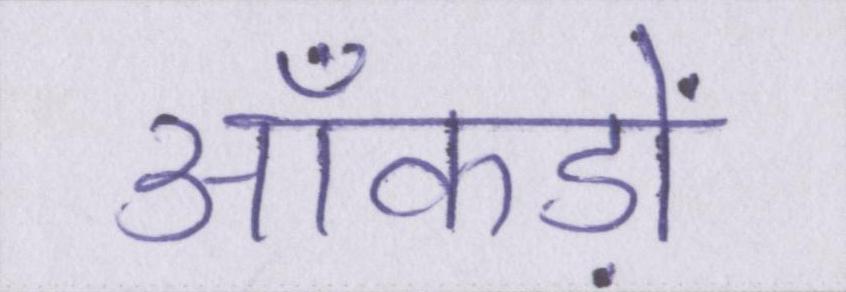
आँकड़ों